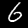
Label: 6